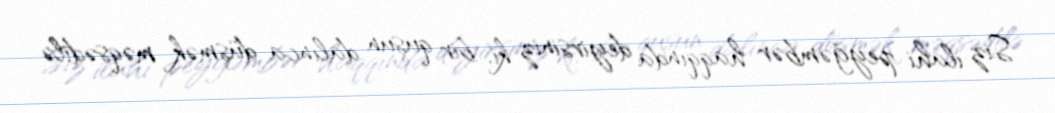
Siz ilahi peyğəmbər haqqında deyirsiniz ki, bir quşun dalınca düşmək məqsədilə